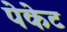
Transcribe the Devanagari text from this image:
पेकेट